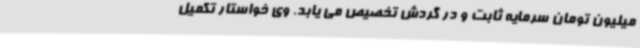
میلیون تومان سرمایه ثابت و در گردش تخصیص می یابد. وی خواستار تکمیل